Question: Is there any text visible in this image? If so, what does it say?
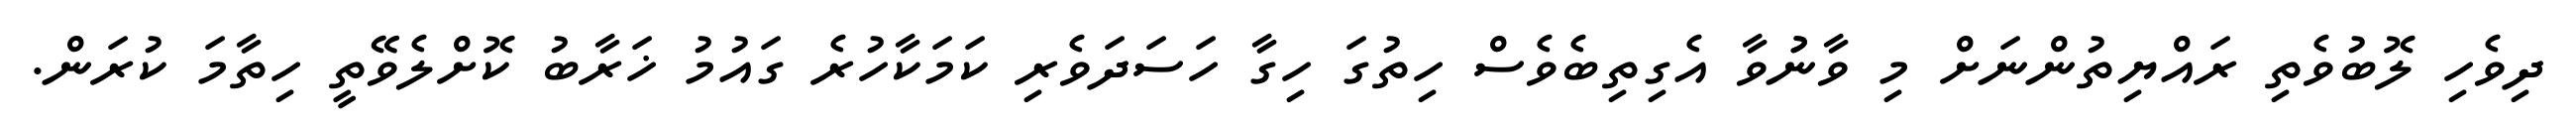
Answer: ދިވެހި ލޮބުވެތި ރައްޔިތުންނަށް މި ވާނުުވާ އެގިތިބެވެސް ހިތުގަ ހިގާ ހަސަދަވެރި ކަމަކާހުރެ ގައުމު ޚަރާބު ކޮށްލެވޭތީ ހިތާމަ ކުރަން.